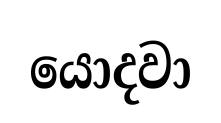
යොදවා